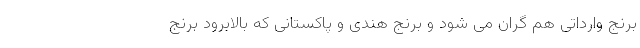
برنج وارداتی هم گران می شود و برنج هندی و پاکستانی که بالابرود برنج